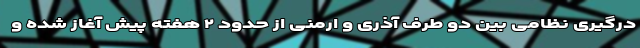
درگیری نظامی بین دو طرف آذری و ارمنی از حدود ۲ هفته پیش آغاز شده و